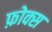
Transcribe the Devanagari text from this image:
फ़ोक्स